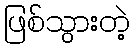
ဖြစ်သွားတဲ့